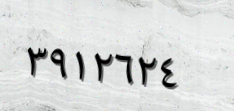
٣٩١٢٦٢٤